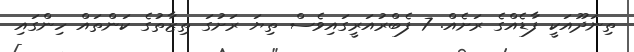
ތިނަދޫއަކީ ފާޑެއްގެ ރަށެއް. 7 ފެބްރުއަރީގައިވެސް ތިޔަ ރަށުގަ ތިޒާތުގެ ކަންތައް ހިންގައި